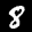
Label: 8